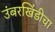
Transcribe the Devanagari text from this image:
उंबरखिंडीचा